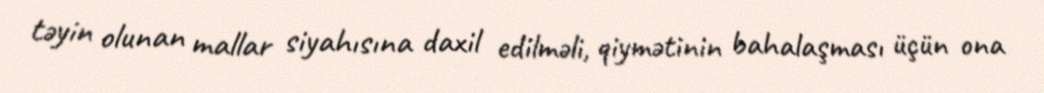
təyin olunan mallar siyahısına daxil edilməli, qiymətinin bahalaşması üçün ona